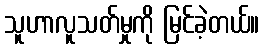
သူဟာလူသတ်မှုကို မြင်ခဲ့တယ်။